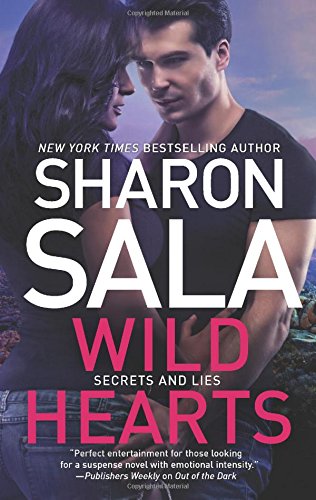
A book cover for Wild Hearts (Secrets and Lies); Sharon Sala; Romance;